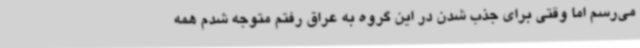
می‌رسم اما وقتی برای جذب شدن در این گروه به عراق رفتم متوجه شدم همه